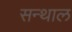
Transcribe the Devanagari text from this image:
सन्थाल